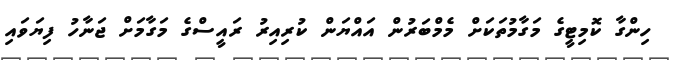
ހިންގާ ކޮމިޓީގެ މަގާމުތަކަށް މެމްބަރުން އައްޔަން ކުރިއިރު ރައީސްގެ މަގާމަށް ޖަނާހު ފިޔަވައި